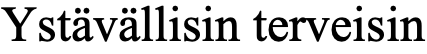
Ystävällisin terveisin